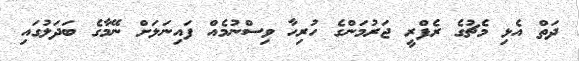
ދަތް އެޅި މެޗުގެ ރެފްރީ ޖަރުމަންގެ ހުރިހާ ވިސްނުމެއް ފައިނަލަށް ނޭމާގެ ބަދަލުގައި